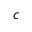
c